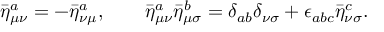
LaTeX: { \bar { \eta } ^ { a } } _ { \mu \nu } = - { \bar { \eta } ^ { a } } _ { \nu \mu } , \qquad { \bar { \eta } ^ { a } } _ { \mu \nu } { \bar { \eta } ^ { b } } _ { \mu \sigma } = { \delta } _ { a b } { \delta } _ { \nu \sigma } + { \epsilon } _ { a b c } { \bar { \eta } ^ { c } } _ { \nu \sigma } .